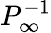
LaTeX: P_{\infty}^{-1}